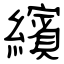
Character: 繽